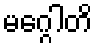
မဂ္ဂေါတိ